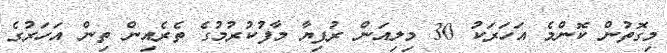
މިގޮތުން ކޮންމެ އަހަރަކު 30 މިލިއަން ރުފިޔާ މާފުކުރުމުގެ ތެރެއިން ތިން އަހަރުގެ